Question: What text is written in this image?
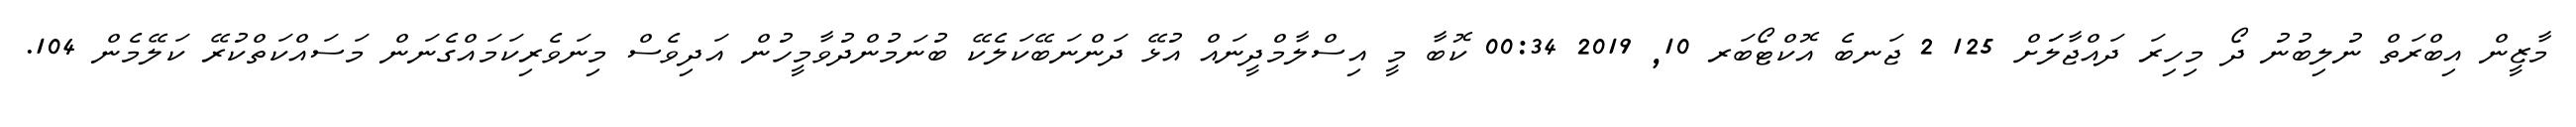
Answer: މާޒީން އިބްރަތް ނުލިބުނު ދޯ މިހިރަ ދައްޖާލަަށް 125 2 ޖަނބެ އޮކްޓޯބަރ 10, 2019 00:34 ކޮބާ މީ އިސްލާމްދީނައް އުޅޭ ދަންނަބޭކަލެކޭ ބުނަމުންދުވާމީހުން އަދިވެސް މިނަވެރިކަމައްގެނަން މަސައްކަތްކުރޭ ކަލޭމެން 104.